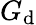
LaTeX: G_{\mathrm{d}}